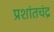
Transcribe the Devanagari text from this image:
प्रशांतचंद्र